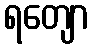
ရတျော